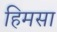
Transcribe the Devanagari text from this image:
हिमसा